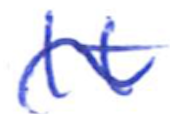
Text: It
Cross-out: wave
Writing tool: ballpoint